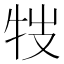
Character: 𤘸